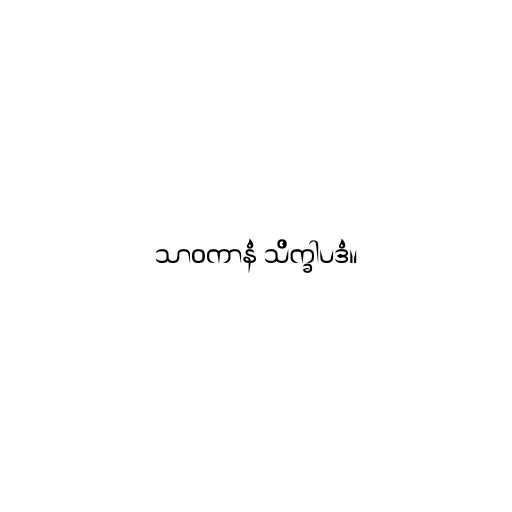
သာဝကာနံ သိက္ခါပဒံ။